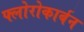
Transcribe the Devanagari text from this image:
फ्लोरोकार्बन